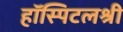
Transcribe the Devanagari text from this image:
हॉस्पिटलश्री